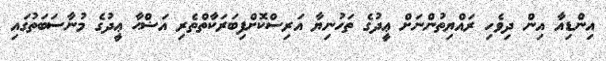
އިންޑިއާ އިން ދިވެހި ރައްޔިތުންނަށް ޢީދުގެ ތަހުނިޔާ އަރިސްކޮށްފިބަރަކާތްތެރި އަޟްޙާ ޢީދުގެ މުނާސަބަތުގައި